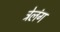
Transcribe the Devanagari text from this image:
त्रेलंग